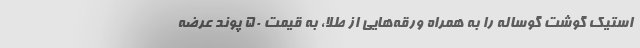
استیک گوشت گوساله را به همراه ورقه‌هایی از طلا، به قیمت ۵۰ پوند عرضه